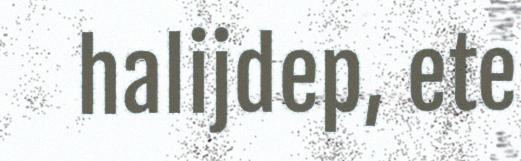
halijdep, ete